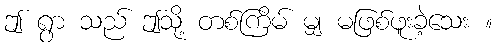
ဤ ရွာ သည် ဤသို့ တစ်ကြိမ် မျှ မဖြစ်ဖူးခဲ့သေး ။